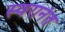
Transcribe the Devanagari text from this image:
स्वरानंत